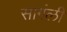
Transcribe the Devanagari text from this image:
सागंली